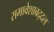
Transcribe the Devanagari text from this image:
समावेशाबद्दल